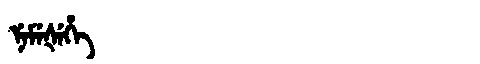
Manchu: ᠨᡝᠮᡝᡧᡝᡥᡝ
Romanization: NEMEŠEHE